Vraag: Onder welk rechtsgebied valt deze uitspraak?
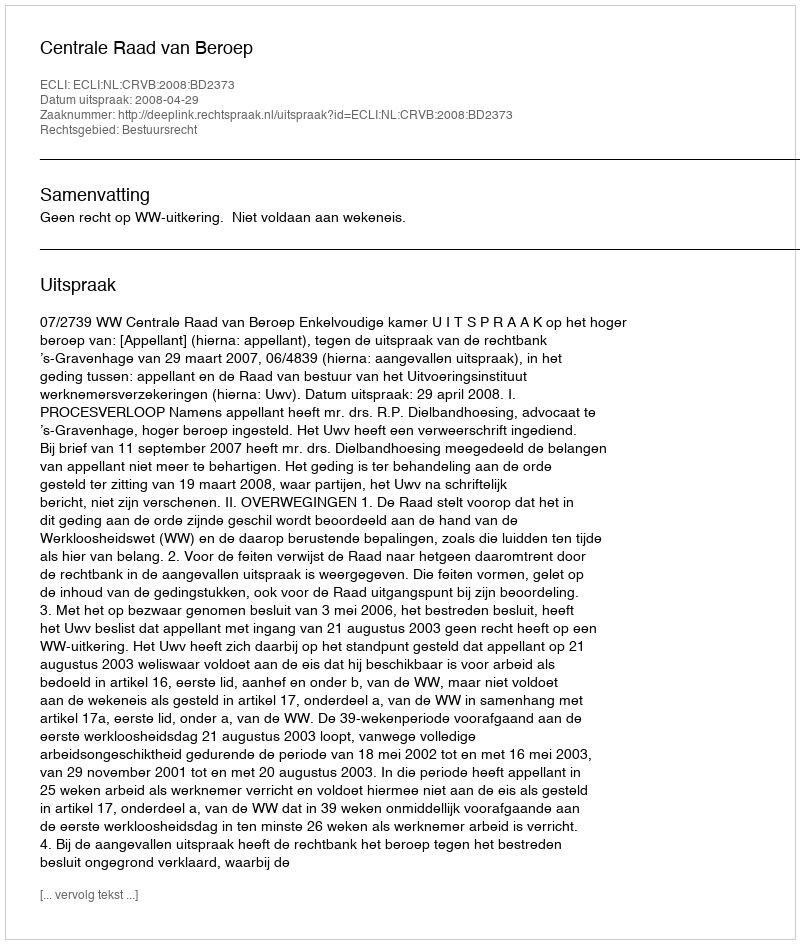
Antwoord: Bestuursrecht